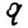
Digit: 9